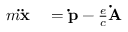
\begin{array} { r l } { m \mathbf { \ddot { x } } } & { { } = \mathbf { \dot { p } } - { \frac { e } { c } } \mathbf { \dot { A } } } \end{array}